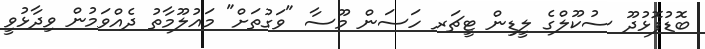
ބޮޑުފޮޅުދޫ ސުކޫލްގެ ލީޑިން ޓީޗަރ ހަސަން މޫސާ "ވަގުތަށް" މައުލޫމާތު ދެއްވަމުން ވިދާޅުވީ